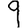
Digit: 9